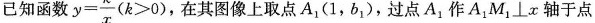
题10已知函数y =\frac{k}{x}（k>0）在其图像上取点A_{1}(1，b_{1})，过点A_{1}作A_{1}M_{1}⊥x轴于点